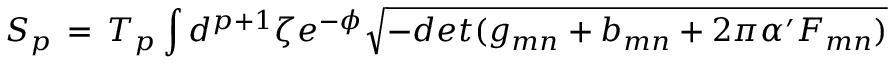
S _ { p } \, = \, T _ { p } \int d ^ { p + 1 } \zeta e ^ { - \phi } \sqrt { - d e t ( g _ { m n } + b _ { m n } + 2 \pi \alpha ^ { \prime } F _ { m n } ) }